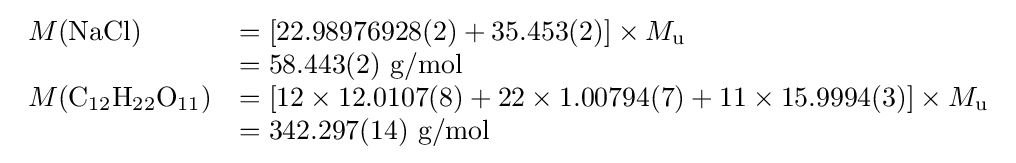
{\begin{array}{lll}M({\mathrm {NaCl} })&=[22.98976928(2)+35.453(2)]\times M_{\text{u}}\\&=58.443(2){\text{ g/mol}}\\M({\mathrm {C} {\vphantom {A}}_{\smash[{t}]{12}}\mathrm {H} {\vphantom {A}}_{\smash[{t}]{22}}\mathrm {O} {\vphantom {A}}_{\smash[{t}]{11}}})&=[12\times 12.0107(8)+22\times 1.00794(7)+11\times 15.9994(3)]\times M_{\text{u}}\\&=342.297(14){\text{ g/mol}}\end{array}}